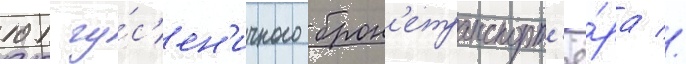
101 гу́с'ен'ичного брон'етранспорт'ё́ра //